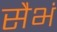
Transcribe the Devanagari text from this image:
सैभं